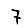
Digit: 7